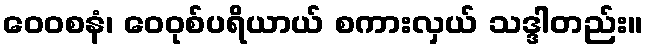
ဝေဝစနံ၊ ဝေဝုစ်ပရိယာယ် စကားလှယ် သဒ္ဒါတည်း။